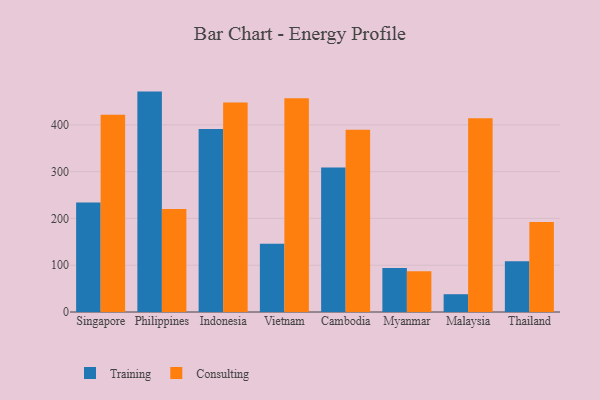
{"axis": {"x": "Country", "y": "Temperature (°C)"}, "legend": ["Consulting", "Training"], "data": [{"x": "Singapore", "y": 234.2, "type": "Training"}, {"x": "Singapore", "y": 421.3, "type": "Consulting"}, {"x": "Philippines", "y": 471.0, "type": "Training"}, {"x": "Philippines", "y": 220.3, "type": "Consulting"}, {"x": "Indonesia", "y": 391.2, "type": "Training"}, {"x": "Indonesia", "y": 447.9, "type": "Consulting"}, {"x": "Vietnam", "y": 146.0, "type": "Training"}, {"x": "Vietnam", "y": 456.6, "type": "Consulting"}, {"x": "Cambodia", "y": 308.6, "type": "Training"}, {"x": "Cambodia", "y": 389.3, "type": "Consulting"}, {"x": "Myanmar", "y": 94.0, "type": "Training"}, {"x": "Myanmar", "y": 87.3, "type": "Consulting"}, {"x": "Malaysia", "y": 38.0, "type": "Training"}, {"x": "Malaysia", "y": 413.9, "type": "Consulting"}, {"x": "Thailand", "y": 108.5, "type": "Training"}, {"x": "Thailand", "y": 192.5, "type": "Consulting"}]}